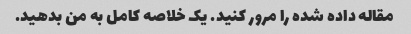
مقاله داده شده را مرور کنید. یک خلاصه کامل به من بدهید.